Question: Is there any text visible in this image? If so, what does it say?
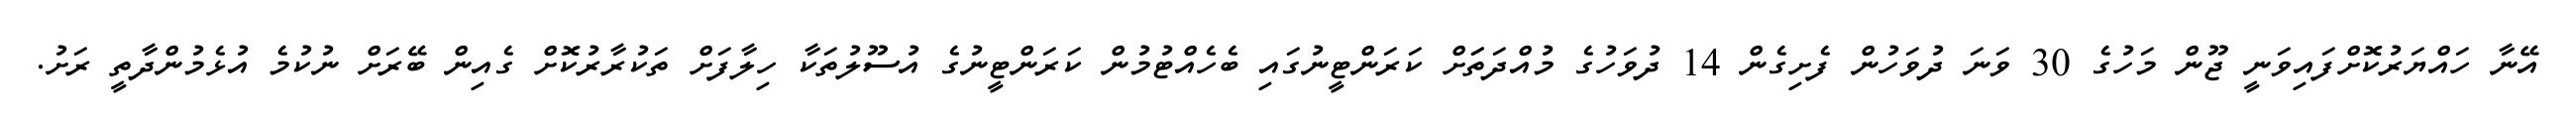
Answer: އޭނާ ހައްޔަރުކޮށްފައިވަނީ ޖޫން މަހުގެ 30 ވަނަ ދުވަހުން ފެށިގެން 14 ދުވަހުގެ މުއްދަތަަށް ކަރަންޓީނުގައި ބެހެއްޓުމުން ކަރަންޓީނުގެ އުސޫލުތަކާ ހިލާފަށް ތަކުރާރުކޮށް ގެއިން ބޭރަށް ނުކުމެ އުޅެމުންދާތީ ރަށު.